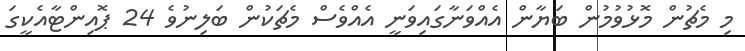
މި މެޗުން މޮޅުވުމުން ބަޔާން އެއްވަނާގައިވަނީ އެއްވެސް މެޗަކުން ބަލިނުވެ 24 ޕޮއިންޓާއެކީގަ